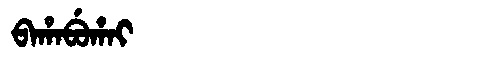
Manchu: ᠪᠠᡥᠠᠪᡠᡥᠠᡳ
Romanization: BAHABUHAI